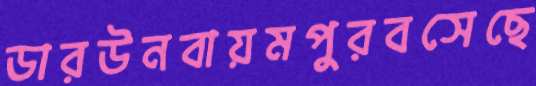
ডারউনবায়মপুরবসেছে